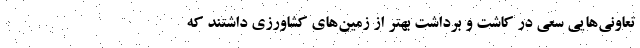
تعاونی‌هایی سعی در کاشت و برداشت بهتر از زمین‌های کشاورزی داشتند که